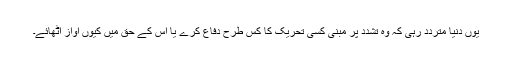
یوں دنیا متردد رہی کہ وہ تشدد پر مبنی کسی تحریک کا کس طرح دفاع کرے یا اس کے حق میں کیوں آواز اٹھائے۔